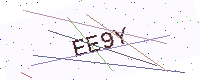
Text: EE9Y